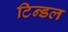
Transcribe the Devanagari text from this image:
टिन्डल